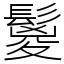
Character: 鬉